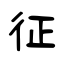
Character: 征